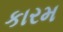
કારમ